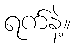
ရက်နဲ့။